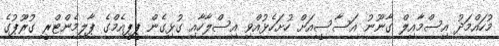
މުހައްމަދު އިސްމާއިލް ގާނޫނު އަސާސީއަށް ހުށަހެޅުއްވި އިސްލާހާއި ގުޅިގެން ޕީޕީއެމްގެ ޕާލިމެންޓްރީ ގުރޫޕުގެ